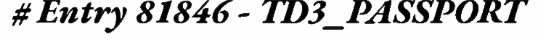
# Entry 81846 - TD3_PASSPORT